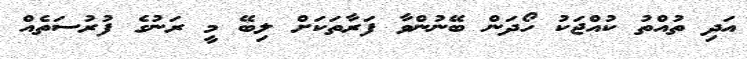
އަދި ތުއްތު ކުއްޖަކު ހޯދަން ބޭނުންވާ ފަރާތަކަށް ލިބޭ މީ ރަނުގެ ފުރުސަތެއް